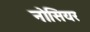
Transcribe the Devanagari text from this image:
नोसियर